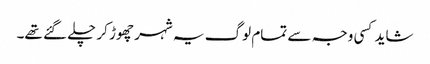
شاید کسی وجہ سے تمام لوگ یہ شہر چھوڑ کر چلے گئے تھے۔